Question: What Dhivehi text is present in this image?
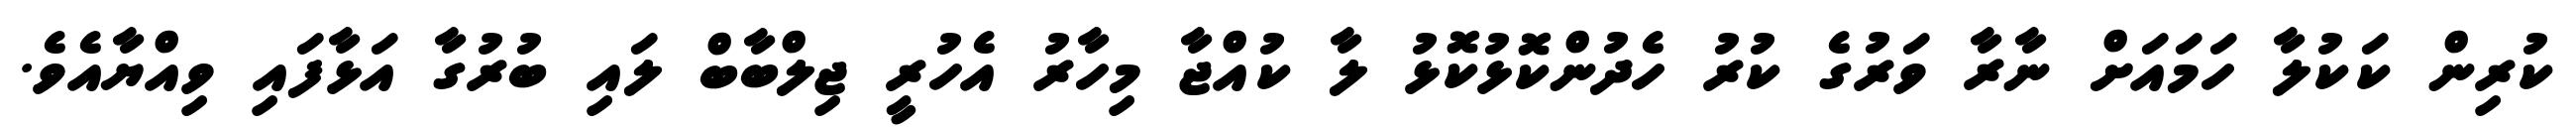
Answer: ކުރިން ކަކުލާ ހަމައަށް ނާރާ ވަރުގެ ކުރު ހެދުންކޮޅުކޮޅު ލާ ކުއްޖާ މިހާރު އެހުރީ ޖިލްބާބް ލައި ބުރުގާ އަޅާފައި ވިއްޔާއެވެ.